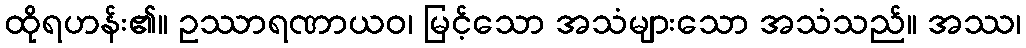
ထိုရဟန်း၏။ ဥဿာရဏာယဝ၊ မြင့်သော အသံများသော အသံသည်။ အဿ၊